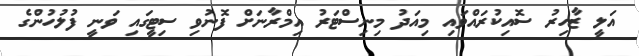
އަލީ ޒާހިރު ސޮއިކުރައްވައި މިއަދު މިނިސްޓަރު އިމްރާނަށް ފޮނުވި ސިޓީގައި ވަނީ ފުލުހުންގެ